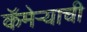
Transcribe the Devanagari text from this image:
कॅमेर्‍याची